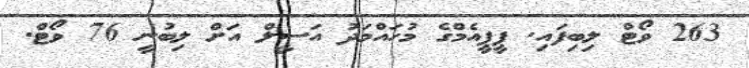
263 ވޯޓް ލިބިފައި. ޕީޕީއެމްގެ މުހައްމަދު އަސީލް އަށް ލިބުނީ 76 ވޯޓް.